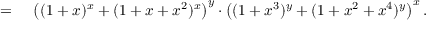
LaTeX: \begin{array} { r l } { = { } } & { { } \left( ( 1 + x ) ^ { x } + ( 1 + x + x ^ { 2 } ) ^ { x } \right) ^ { y } \cdot \left( ( 1 + x ^ { 3 } ) ^ { y } + ( 1 + x ^ { 2 } + x ^ { 4 } ) ^ { y } \right) ^ { x } . } \end{array}